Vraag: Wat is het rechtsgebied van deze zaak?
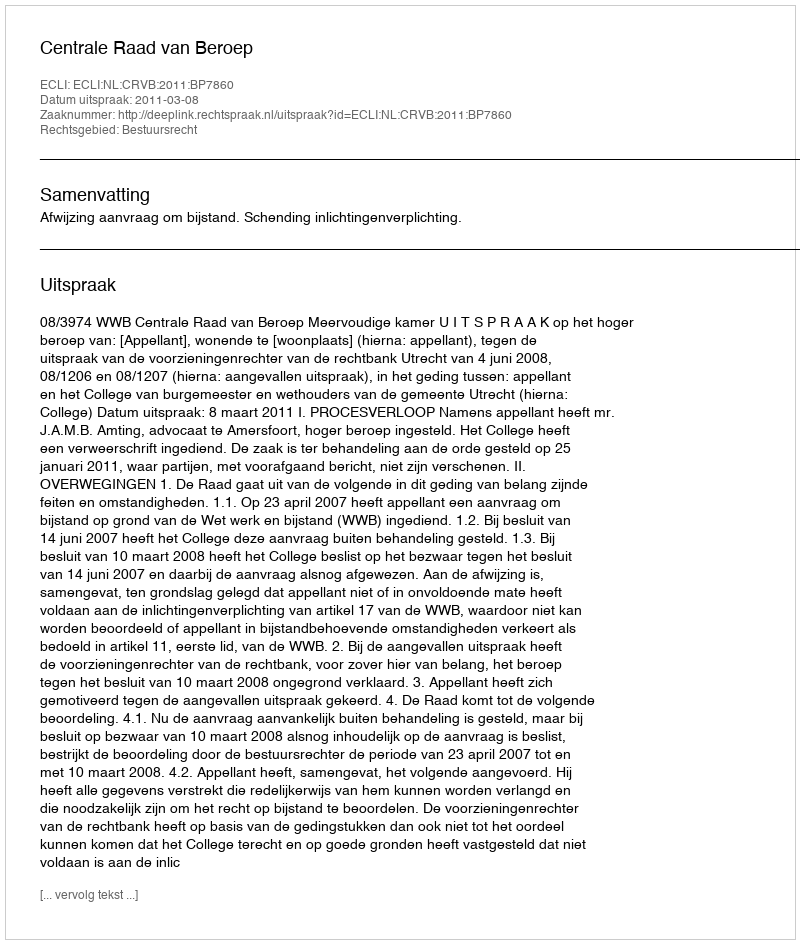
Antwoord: Bestuursrecht